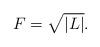
LaTeX: \begin{align*}F=\sqrt{\left\vert L\right\vert }. \end{align*}